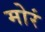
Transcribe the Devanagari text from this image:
मोरं